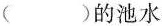
()的池水